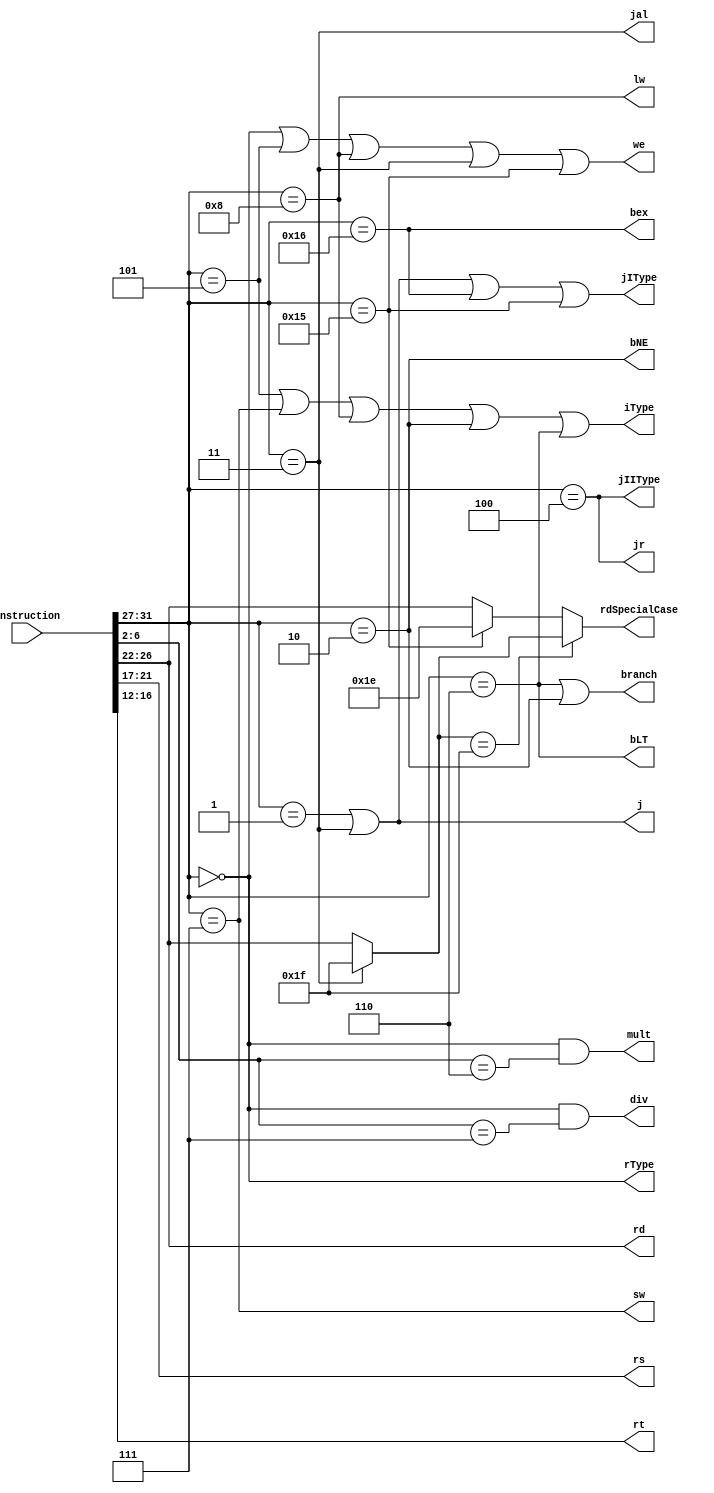
module instruction(rs, rt, rd, rdSpecialCase, rType, iType, jIType, jIIType, we, mult, div, branch, lw, sw, jr, j, jal, bNE, bLT, bex, instruction);
    input [31:0] instruction;
    output rType, iType, jIType, jIIType, we, mult, div, branch, lw, sw, jr, j, bex, jal, bNE, bLT;
    output [4:0] rs, rt, rd, rdSpecialCase;
    wire setx, addi;
    wire [4:0] rd1, rd2;
    assign setx = (instruction[31:27] == 5'b10101);
    assign addi = (instruction[31:27] == 5'b00101);
    //Check opcodes for diff type
    assign rType = (instruction[31:27] == 5'b00000);
    assign iType = (instruction[31:27] == 5'b00101) ||
                   (instruction[31:27] == 5'b00111) ||
                   (instruction[31:27] == 5'b01000) ||
                   (instruction[31:27] == 5'b00010) ||
                   (instruction[31:27] == 5'b00110);
    assign jIType = (instruction[31:27] == 5'b00001) ||
                    (instruction[31:27] == 5'b00011) ||
                    (instruction[31:27] == 5'b10110) ||
                    (instruction[31:27] == 5'b10101);
    assign jIIType = (instruction[31:27] == 5'b00100);

    //WE
    assign we = rType || addi || lw || jal || setx;

    // Mult Div
    assign mult = rType && (instruction[6:2] == 5'b00110);
    assign div = rType && (instruction[6:2] == 5'b00111);

    // Branch
    //add back in iType sanity check
    assign bLT = (instruction[31:27] == 5'b00110);
    assign bNE = (instruction[31:27] == 5'b00010);
    assign branch = bLT || bNE;
    // LW SW
    assign lw = (instruction[31:27] == 5'b01000);
    assign sw = (instruction[31:27] == 5'b00111);
    
    // JR J JAL
    assign jr = (instruction[31:27] == 5'b00100);
    assign j = (instruction[31:27] == 5'b00001) || (instruction[31:27] == 5'b00011);
    assign jal = (instruction[31:27] == 5'b00011);

    // BEX
    assign bex = (instruction[31:27] == 5'b10110);


    //REGISTER INSTRUCTIONS
    assign rd = instruction[26:22];
    assign rd1 = jal ? 5'b11111 : rd;
    assign rd2 = setx ? 5'b11110 : rd;
    assign rdSpecialCase = rd1 == 5'b11111 ? rd1 : rd2;
    assign rs = instruction[21:17];
    assign rt = instruction[16:12];


    

                
endmodule